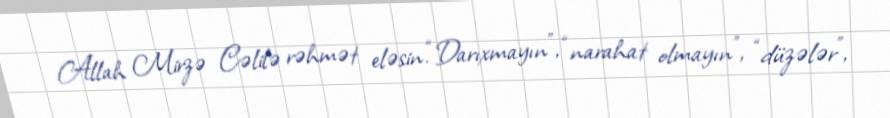
Allah Mirzə Cəlilə rəhmət eləsin.“Darıxmayın”, “narahat olmayın”, “düzələr”,